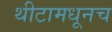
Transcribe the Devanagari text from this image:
थीटामधूनच